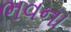
ભવના